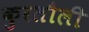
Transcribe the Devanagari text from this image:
कुरतौली